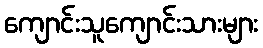
ကျောင်းသူကျောင်းသားများ